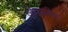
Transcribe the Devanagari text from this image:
जेमस्लेभ